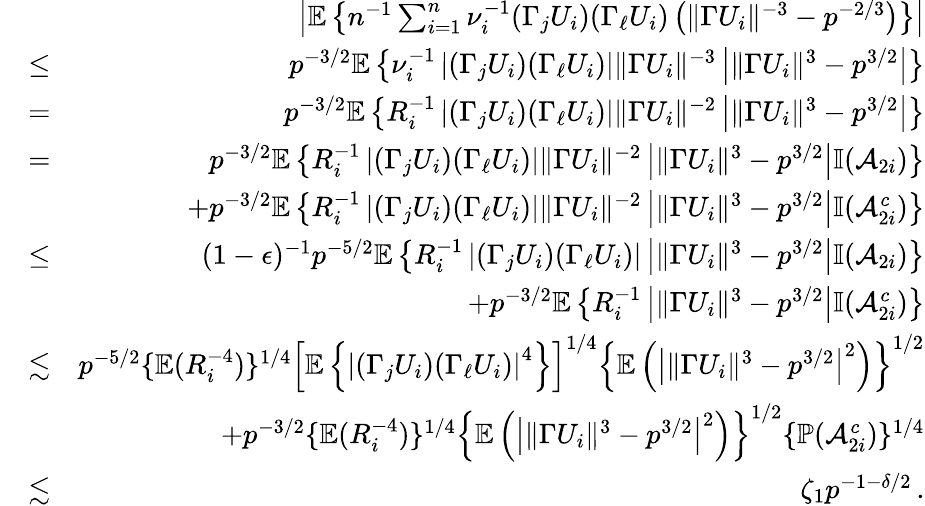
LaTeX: \begin{array}{rlr}&{}&{\left|{\mathbb{E}}\left\{ n^{-1}\sum_{i=1}^{n}\nu_{i}^{-1}(\Gamma_{j}U_{i})(\Gamma_{\ell}U_{i})\left(\| \Gamma U_{i}\| ^{-3}-p^{-2/3}\right)\right\} \right|}\\ &{\leq}&{p^{-3/2}{\mathbb{E}}\left\{ \nu_{i}^{-1}\left|(\Gamma_{j}U_{i})(\Gamma_{\ell}U_{i})\right|\| \Gamma U_{i}\| ^{-3}\left|\| \Gamma U_{i}\| ^{3}-p^{3/2}\right|\right\} }\\ &{=}&{p^{-3/2}{\mathbb{E}}\left\{ R_{i}^{-1}\left|(\Gamma_{j}U_{i})(\Gamma_{\ell}U_{i})\right|\| \Gamma U_{i}\| ^{-2}\left|\| \Gamma U_{i}\| ^{3}-p^{3/2}\right|\right\} }\\ &{=}&{p^{-3/2}{\mathbb{E}}\left\{ R_{i}^{-1}\left|(\Gamma_{j}U_{i})(\Gamma_{\ell}U_{i})\right|\| \Gamma U_{i}\| ^{-2}\left|\| \Gamma U_{i}\| ^{3}-p^{3/2}\right|{\mathbb{I}}(\mathcal{A}_{2i})\right\} }\\ &{}&{+p^{-3/2}{\mathbb{E}}\left\{ R_{i}^{-1}\left|(\Gamma_{j}U_{i})(\Gamma_{\ell}U_{i})\right|\| \Gamma U_{i}\| ^{-2}\left|\| \Gamma U_{i}\| ^{3}-p^{3/2}\right|{\mathbb{I}}(\mathcal{A}_{2i}^{c})\right\} }\\ &{\leq}&{(1-\epsilon)^{-1}p^{-5/2}{\mathbb{E}}\left\{ R_{i}^{-1}\left|(\Gamma_{j}U_{i})(\Gamma_{\ell}U_{i})\right|\left|\| \Gamma U_{i}\| ^{3}-p^{3/2}\right|{\mathbb{I}}(\mathcal{A}_{2i})\right\} }\\ &{}&{+p^{-3/2}{\mathbb{E}}\left\{ R_{i}^{-1}\left|\| \Gamma U_{i}\| ^{3}-p^{3/2}\right|{\mathbb{I}}(\mathcal{A}_{2i}^{c})\right\} }\\ &{\lesssim}&{p^{-5/2}\{ {\mathbb{E}}(R_{i}^{-4})\} ^{1/4}\left[{\mathbb{E}}\left\{ \left|(\Gamma_{j}U_{i})(\Gamma_{\ell}U_{i})\right|^{4}\right\} \right]^{1/4}\left\{ {\mathbb{E}}\left(\left|\| \Gamma U_{i}\| ^{3}-p^{3/2}\right|^{2}\right)\right\} ^{1/2}}\\ &{}&{+p^{-3/2}\{ {\mathbb{E}}(R_{i}^{-4})\} ^{1/4}\left\{ {\mathbb{E}}\left(\left|\| \Gamma U_{i}\| ^{3}-p^{3/2}\right|^{2}\right)\right\} ^{1/2}\{ {\mathbb{P}}(\mathcal{A}_{2i}^{c})\} ^{1/4}}\\ &{\lesssim}&{\zeta_{1}p^{-1-\delta/2}\, .}\end{array}